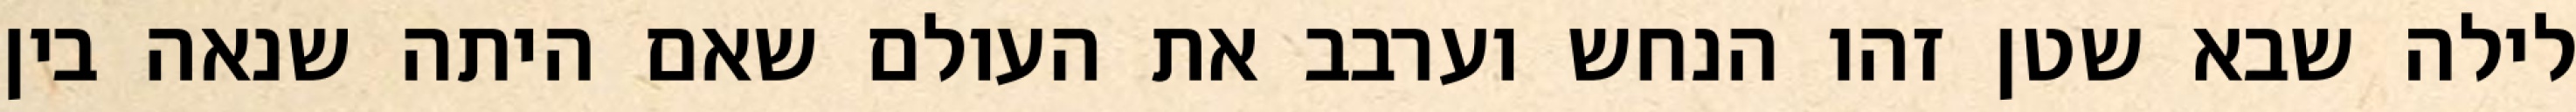
לילה שבא שטן זהו הנחש וערבב את העולם שאם היתה שנאה בין